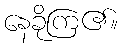
နေခိုကြ၏။